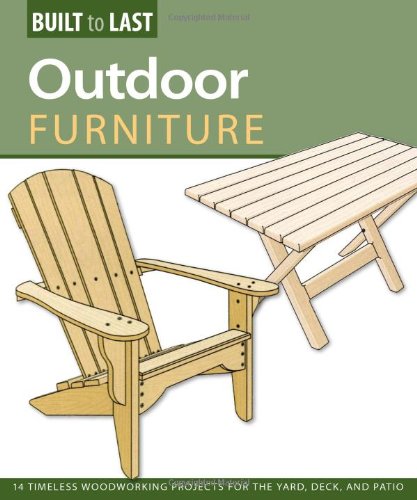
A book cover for Outdoor Furniture (Built to Last): 14 Timeless Woodworking Projects for the Yard, Deck, and Patio; Skills Institute Press; Arts & Photography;